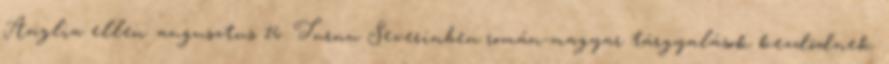
Anglia ellen. augusztus 16. Turnu Severinben román-magyar tárgyalások kezdõdnek.